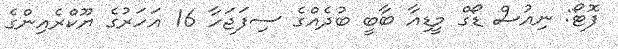
ފޮޓޯ: ނިއުސް ޑޯގް މީޑިއާ ބާބީ ބުދެއްގެ ސިފަޖަހާ 16 އަހަރުގެ ޔޫކްރެއިންގެ